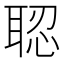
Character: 𦖆